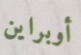
أوبراين